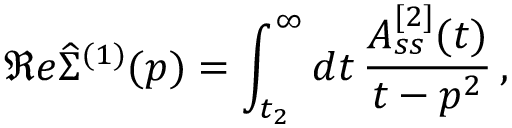
\Re e \widehat { \Sigma } ^ { ( 1 ) } ( p ) = \int _ { t _ { 2 } } ^ { \infty } d t \, \frac { A _ { s s } ^ { [ 2 ] } ( t ) } { t - p ^ { 2 } } \, ,